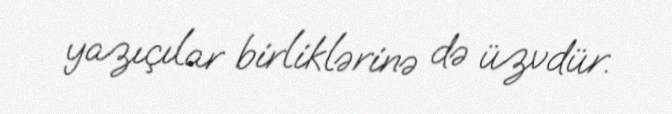
yazıçılar birliklərinə də üzvdür.